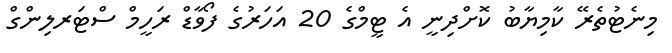
މިނެޓުތެރޭ ކާމިޔާބު ކޮށްދިނީ އެ ޓީމްގެ 20 އަހަރުގެ ފޯވާޑް ރަހީމް ސްޓަރލިންގް